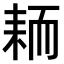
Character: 𫅺